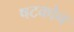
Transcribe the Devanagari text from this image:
षटकोन